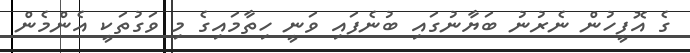
ގެ އޮފީހުން ނެރުނު ބަޔާނުގައި ބުނެފައި ވަނީ ހިތާމައިގެ މި ވަގުތަކީ އެންމެން